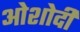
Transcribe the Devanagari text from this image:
ओशोदी